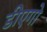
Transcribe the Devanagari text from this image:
डीएगो